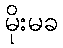
မိုးမခ